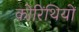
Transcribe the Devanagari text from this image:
कोरिंथियों